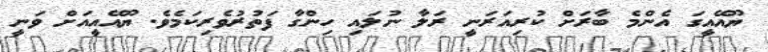
ޔޫއޭއީގަ އެންމެ ބާރަށް ކުރިއަރަނީ ރަލާ ނުލައި ހިންގާ ފަތުރުވެރިކަމެވެ. ޔޫއޭއީއަށް ވަނީ